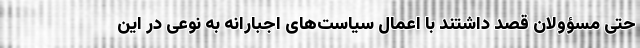
حتی مسؤولان قصد داشتند با اعمال سیاست‌های اجبارانه به نوعی در این